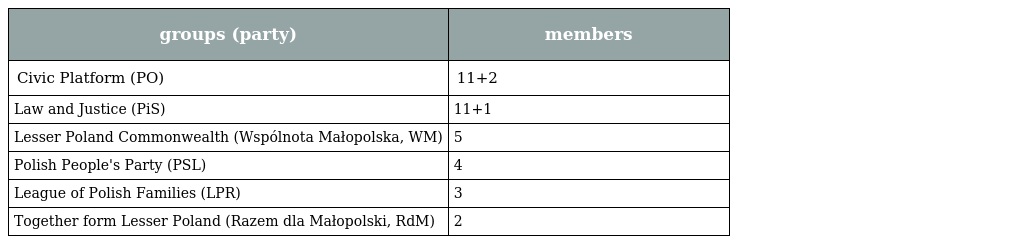
| groups (party) | members |
 | --- | --- |
 | Civic Platform (PO) | 11+2 |
 | Law and Justice (PiS) | 11+1 |
 | Lesser Poland Commonwealth (Wspólnota Małopolska, WM) | 5 |
 | Polish People's Party (PSL) | 4 |
 | League of Polish Families (LPR) | 3 |
 | Together form Lesser Poland (Razem dla Małopolski, RdM) | 2 |